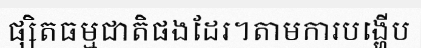
ផ្សិតធម្មជាតិផងដែរ។តាមការបង្ហើប